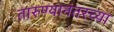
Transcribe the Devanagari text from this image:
तारुण्यानंतरच्या